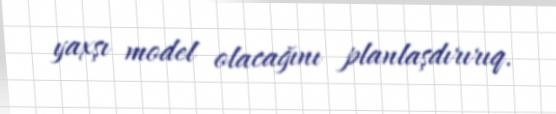
yaxşı model olacağını planlaşdırırıq.